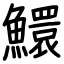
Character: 鱞